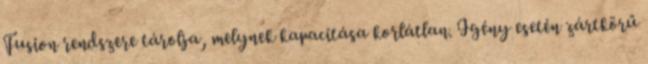
Fusion rendszere tárolja, melynek kapacitása korlátlan. Igény esetén zártkörű